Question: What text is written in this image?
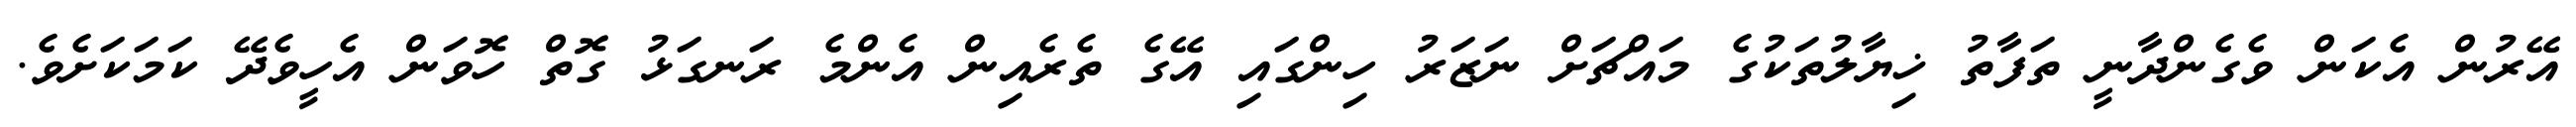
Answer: އޭރުން އެކަން ވެގެންދާނީ ތަފާތު ޚިޔާލުތަކުގެ މައްޗަށް ނަޒަރު ހިންގައި އޭގެ ތެރެއިން އެންމެ ރަނގަޅު ގޮތް ހޮވަން އެހީވެދޭ ކަމަކަށެވެ.